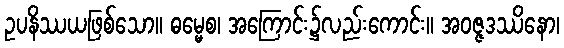
ဥပနိဿယဖြစ်သော။ ဓမ္မေစ၊ အကြောင်း၌လည်းကောင်း။ အဝဇ္ဇဒဿိနော၊